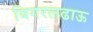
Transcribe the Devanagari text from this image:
बिगरलढाऊ